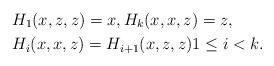
\begin{align*} & H_1(x,z,z)=x, H_k(x,x,z)=z, \\ & H_i(x,x,z)=H_{i+1}(x,z,z) 1\leq i<k.\end{align*}